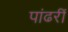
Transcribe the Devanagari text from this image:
पांढरीं